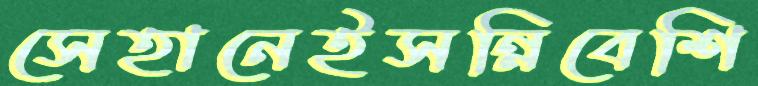
সেহানেইসন্নিবেশি